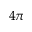
4 \pi